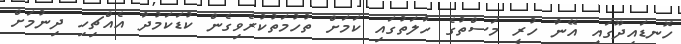
ހޮނޑައިދޫގައި އޭނާ ހުރީ މަސްތުގެ ހާލަތުގައި ކަމަށް ތުހުމަތުކުރެވިގެން ކުޑަކަމުދާ އެއްޗިހި ދިނުމަށް